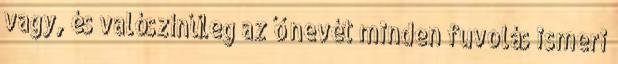
vagy, és valószínűleg az ő nevét minden fuvolás ismeri